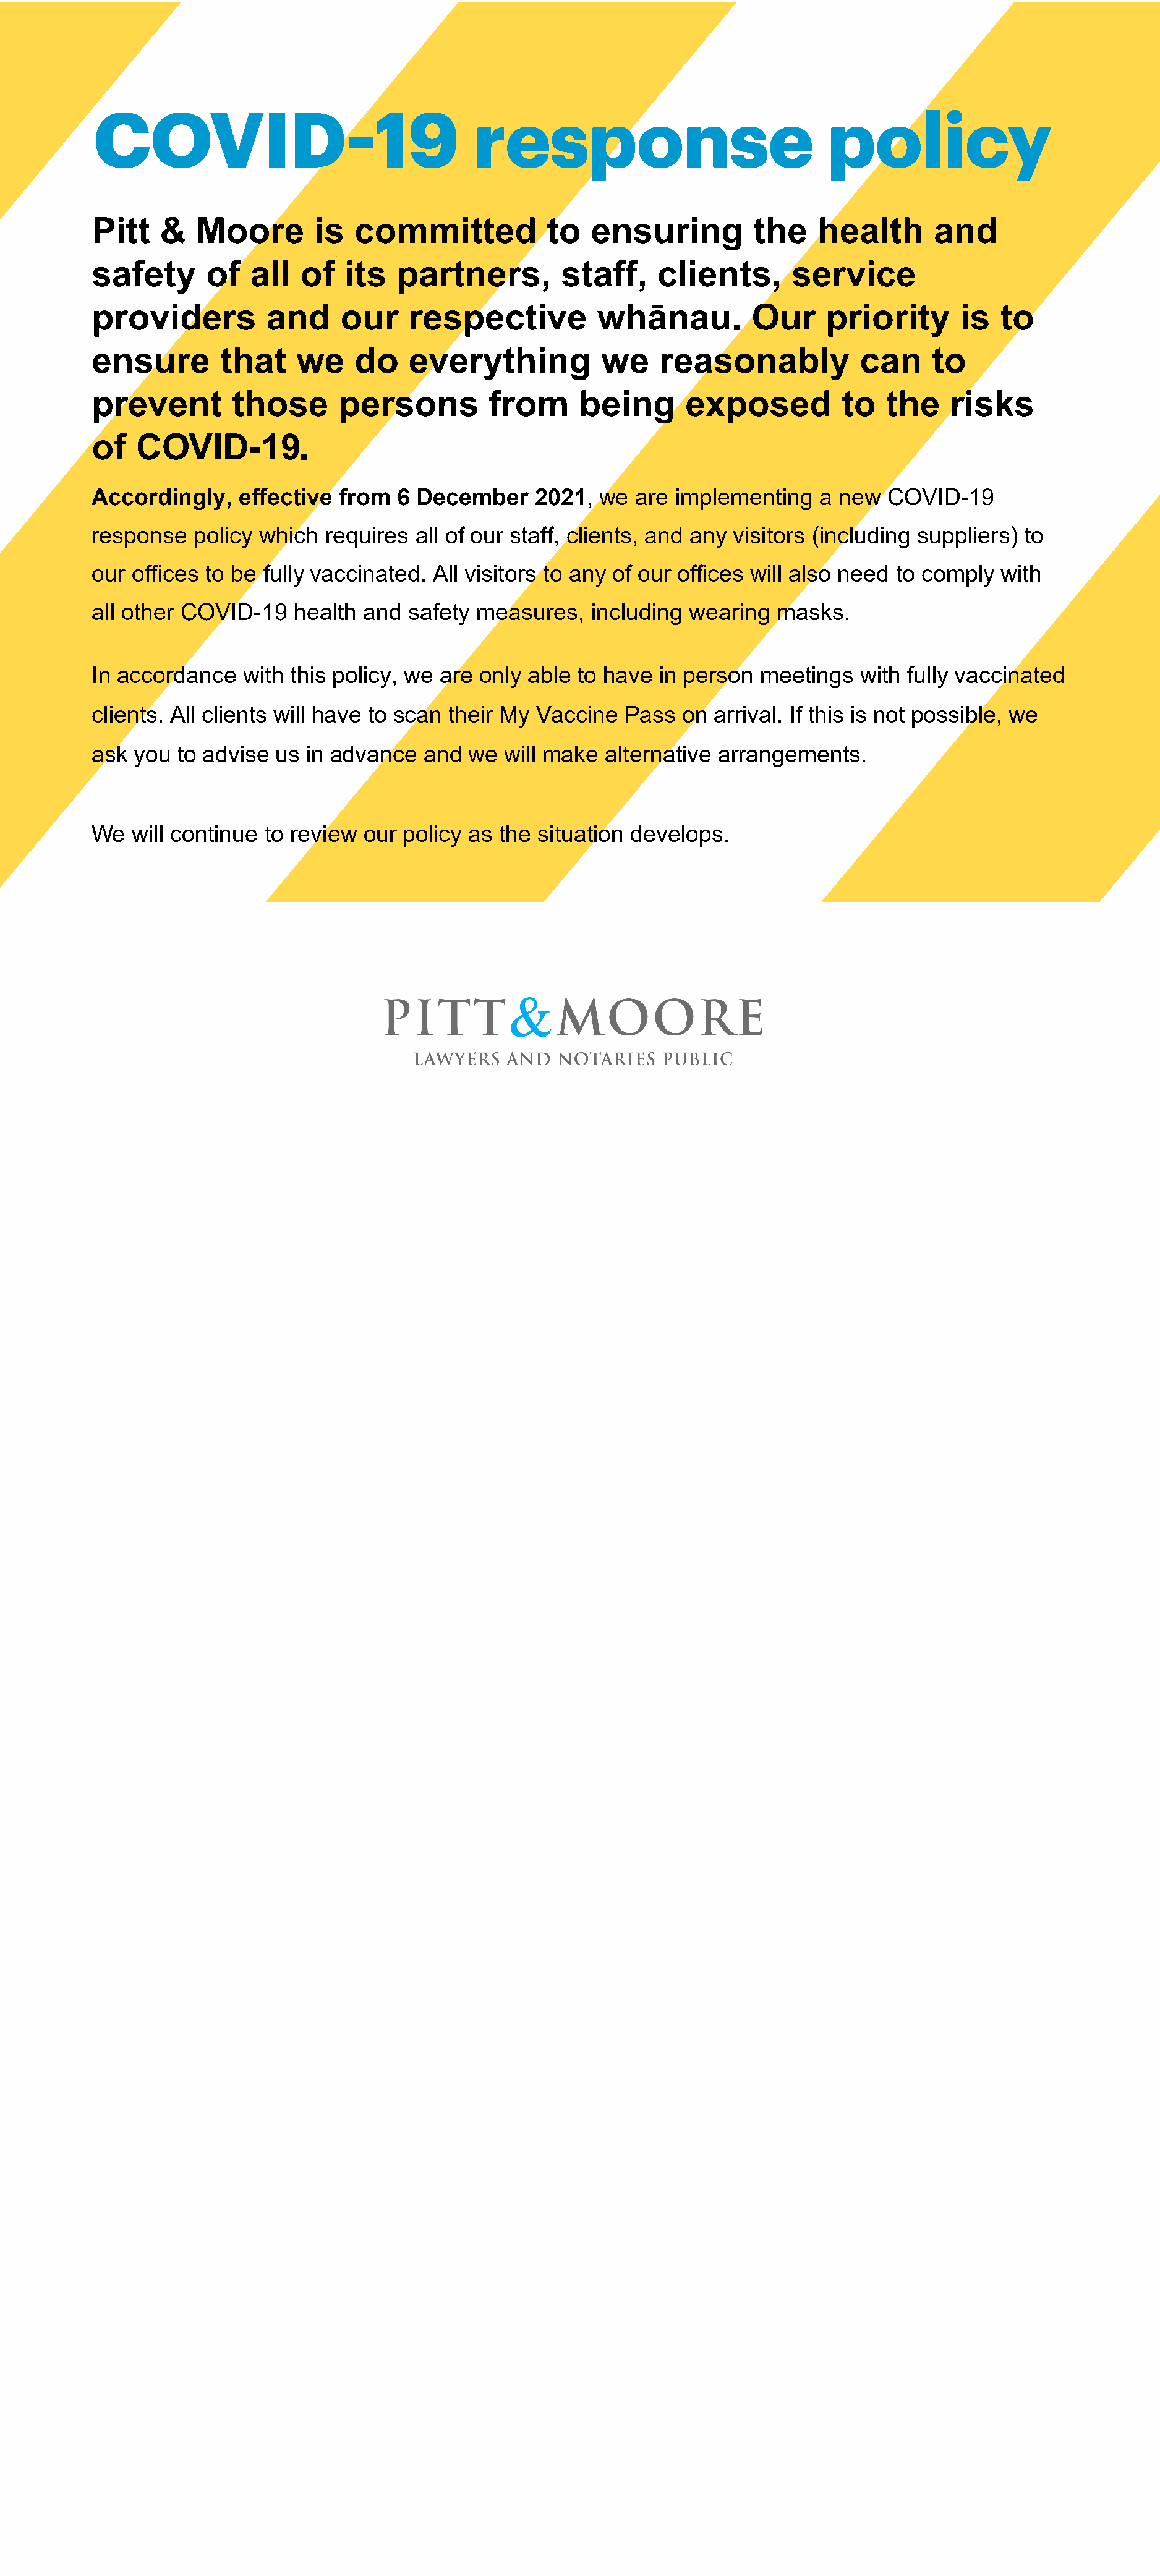
COVID-19                                 response                              policy
 Pitt   &   Moore        is  committed            to  ensuring          the   health       and
 safety      of   all  of   its  partners,         staff,    clients,       service
 providers         and     our     respective          whānau.         Our     priority       is  to
 ensure        that    we    do    everything          we     reasonably           can     to
 prevent        those      persons         from      being      exposed          to   the    risks
 of   COVID-19.
 Accordingly,    effective from   6 December    2021,  we  are implementing    a new  COVID-19
 response   policy which  requires all of our staff, clients, and any visitors (including suppliers) to
 our offices to be fully vaccinated. All visitors to any of our offices will also need to comply  with
 all other COVID-19   health  and  safety measures,   including  wearing  masks.
 In accordance   with this policy, we are only able  to have  in person meetings   with fully vaccinated
 clients. All clients will have to scan their My Vaccine  Pass  on arrival. If this is not possible, we
 ask you  to advise us  in advance  and  we  will make  alternative arrangements.
 We  will continue to review  our policy as the  situation develops.